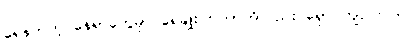
ရေနက်တဲ့ နေရာတွေမှာ ရေချိုးကြတာကိုလည်း ရှောင်ကျဉ်ကြပါ။